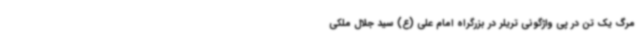
مرگ یک تن در پی واژگونی تریلر در بزرگراه امام علی (ع) سید جلال ملکی